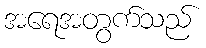
အရေအတွက်သည်